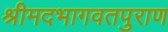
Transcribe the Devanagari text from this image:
श्रीमदभागवतपुराण